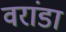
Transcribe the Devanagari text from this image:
वरांडा